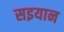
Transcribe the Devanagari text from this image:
सइयान